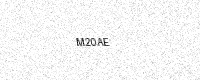
Text: M20AE